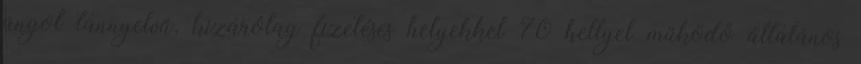
angol tannyelvű, kizárólag fizetéses helyekkel 70 hellyel működő általános